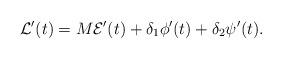
LaTeX: \begin{align*}\mathcal{L}'(t)=M\mathcal{E}'(t)+\delta_1\phi'(t)+\delta_2\psi'(t).\end{align*}